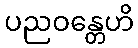
ပညဝန္တေဟိ